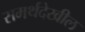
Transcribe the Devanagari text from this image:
समर्थदेखील